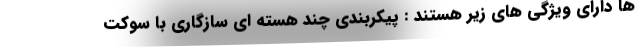
ها دارای ویژگی های زیر هستند : پیکربندی چند هسته ای سازگاری با سوکت